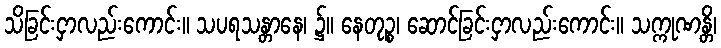
သိခြင်းငှာလည်းကောင်း။ သပရသန္တာနေ၊ ၌။ နေတုဉ္စ၊ ဆောင်ခြင်းငှာလည်းကောင်း။ သက္ကုဏန္တိ၊